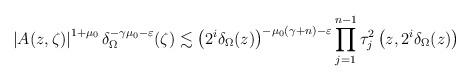
LaTeX: \begin{align*}\left|A(z,\zeta)\right|^{1+\mu_{0}}\delta_{\Omega}^{-\gamma\mu_{0}-\varepsilon}(\zeta)\lesssim\left(2^{i}\delta_{\Omega}(z)\right)^{-\mu_{0}(\gamma+n)-\varepsilon}\prod_{j=1}^{n-1}\tau_{j}^{2}\left(z,2^{i}\delta_{\Omega}(z)\right)\end{align*}